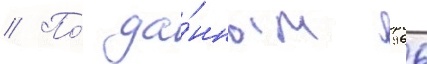
// По́ да́нным 1966